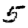
Digit: 5